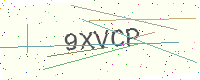
Text: 9XVCP